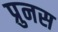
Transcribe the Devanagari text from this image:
प्रुनस